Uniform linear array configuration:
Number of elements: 64
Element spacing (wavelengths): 0.75
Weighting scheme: blackman
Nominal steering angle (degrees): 15
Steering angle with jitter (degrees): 16.281
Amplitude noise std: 0.05
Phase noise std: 0.05

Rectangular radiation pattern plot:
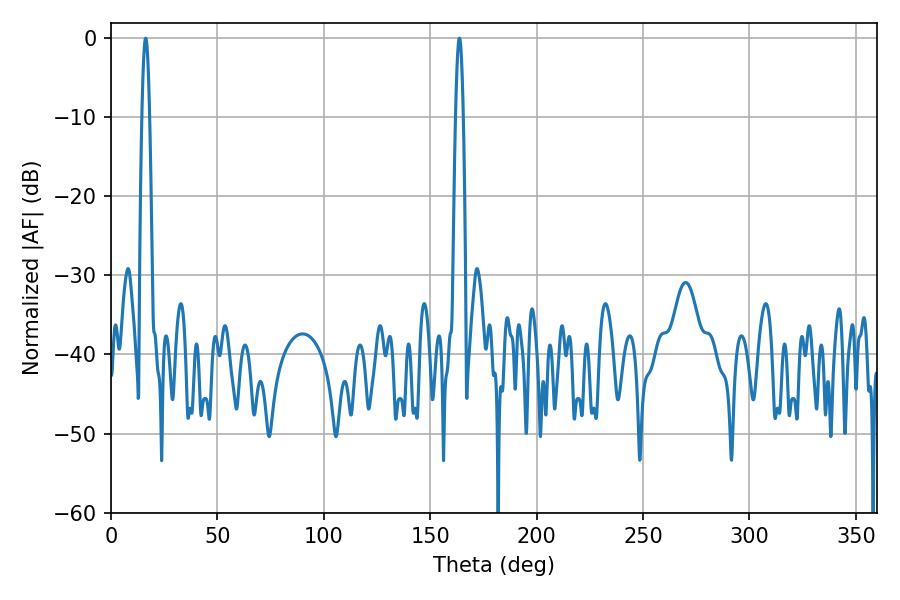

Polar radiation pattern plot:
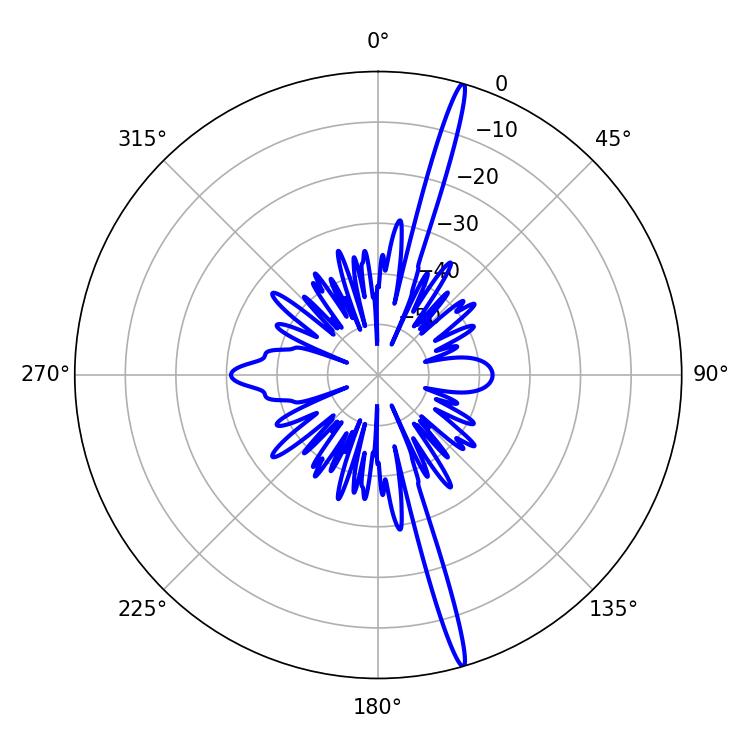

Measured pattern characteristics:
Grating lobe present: TRUE
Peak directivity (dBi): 19.713
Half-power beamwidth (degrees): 1.98
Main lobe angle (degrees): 16.38